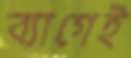
ব্যাগেই